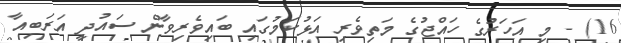
16) - މި އަހަރުގެ ހައްޖުގެ މަތިވެރި އަޅުކަމުގައި ބައިވެރިވާން ސައުދީ އަރަބިއާ